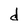
Character: d